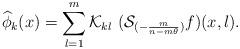
LaTeX: \begin{align*}\widehat{\phi}_k(x)=\sum_{l=1}^{m} {\cal K}_{kl}~({\cal S}_{(-\frac{m}{n-m\theta})} f)(x,l).\end{align*}